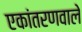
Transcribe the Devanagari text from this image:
एकांतरणवाले